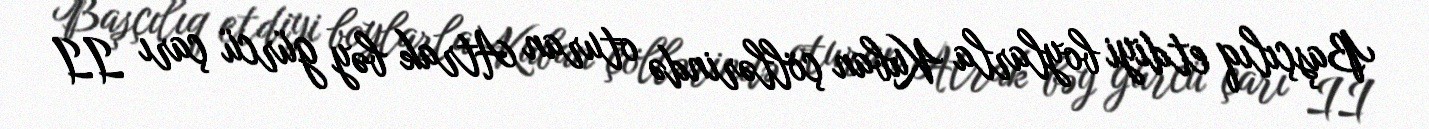
Başçılıq etdiyi boylarla Kuban çöllərində oturan Atrak bəy gürcü çarı II